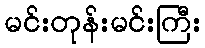
မင်းတုန်းမင်းကြီး